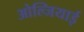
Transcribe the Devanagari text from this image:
ओल्जियाई